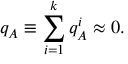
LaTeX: q _ { A } \equiv \sum _ { i = 1 } ^ { k } { q _ { A } ^ { i } \approx 0 } .